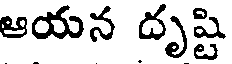
ఆయన దృష్టి